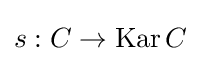
s:C\to \operatorname {Kar} C